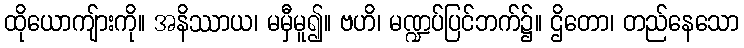
ထိုယောကျ်ားကို။ အနိဿာယ၊ မမှီမူ၍။ ဗဟိ၊ မဏ္ဍပ်ပြင်ဘက်၌။ ဌိတော၊ တည်နေသော